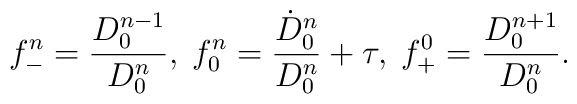
f^n_{-}=\frac{D_0^{n-1}}{D_0^n},\; f_0^n=\frac{\dot D_0^n}{D_0^n}+\tau ,\; f_+^0=\frac{D_0^{n+1}}{D_0^n}.